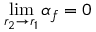
\operatorname* { l i m } _ { r _ { 2 } \to r _ { 1 } } \alpha _ { f } = 0